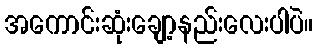
အကောင်းဆုံးချော့နည်းလေးပါပဲ။